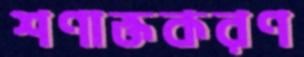
শণাক্তকরণ